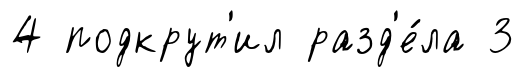
4 подкрут'ил разд'е́ла 3